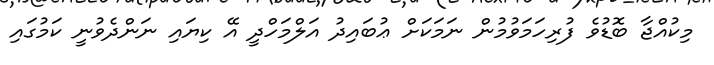
މިކުއްޖާ ބޮޑުވެ ފުރިހަމަވުމުން ނަމަކަށް ޢުބައިދު އަލްމަހްދީ އޭ ކިޔައި ނަންދެވުނީ ކަމުގައި